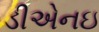
ડીએનઇ